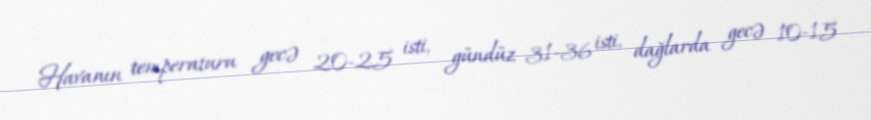
Havanın temperaturu gecə 20-25 isti, gündüz 31-36 isti, dağlarda gecə 10-15